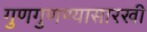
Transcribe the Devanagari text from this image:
गुणगुणण्यासारखी